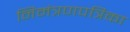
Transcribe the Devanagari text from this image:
निमंत्रणपत्रिका